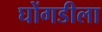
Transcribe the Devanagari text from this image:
घोंगडीला